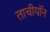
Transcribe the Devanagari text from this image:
ताचीयॉन